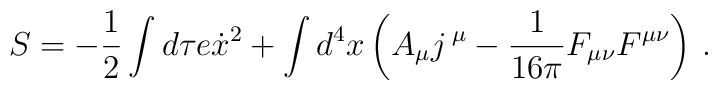
S=-\frac12\int d\tau e\dot{x}^2 +\int d^4x \left( A_{\mu}j\,{}^{\mu}-\frac{1}{16\pi} F_{\mu\nu}F^{\mu\nu}\right)\,.